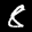
Label: 8